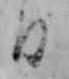
日